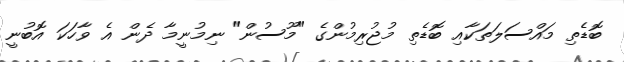
ބޮޑެތި މައްސަލަތަކާއި ބޮޑެތި މުޖުރިމުންގެ "މޫސުން" ނިމުނީމާ ދެން އެ ވާހަކަ އޮބުނީ